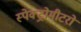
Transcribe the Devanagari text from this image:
स्पेक्ट्रोमीटरों